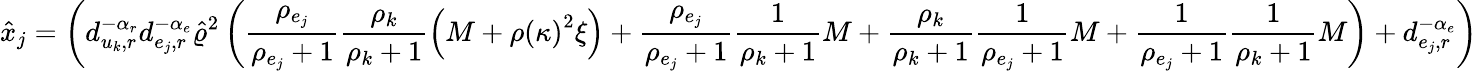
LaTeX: \hat{x}_{j}=\left(d_{u_{k},r}^{-\alpha_{r}}d_{e_{j},r}^{-\alpha_{e}}\hat{\varrho}^{2}\left(\frac{\rho_{e_{j}}}{\rho_{e_{j}}+1}\frac{\rho_{k}}{\rho_{k}+1}\left(M+\rho\left(\kappa\right)^{2}\xi\right)+\frac{\rho_{e_{j}}}{\rho_{e_{j}}+1}\frac{1}{\rho_{k}+1}M+\frac{\rho_{k}}{\rho_{k}+1}\frac{1}{\rho_{e_{j}}+1}M+\frac{1}{\rho_{e_{j}}+1}\frac{1}{\rho_{k}+1}M\right)+d_{e_{j},r}^{-\alpha_{e}}\right)